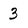
Character: 3